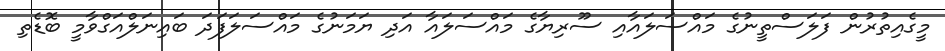
މީގެއިތުރުން ފަލަސްތީނުގެ މައްސަލައާއި ސޫރިޔާގެ މައްސަލައާ އަދި ޔަމަނުގެ މައްސަލަފަދަ ބައިނަލްއަގްވާމީ ބޮޑެތި